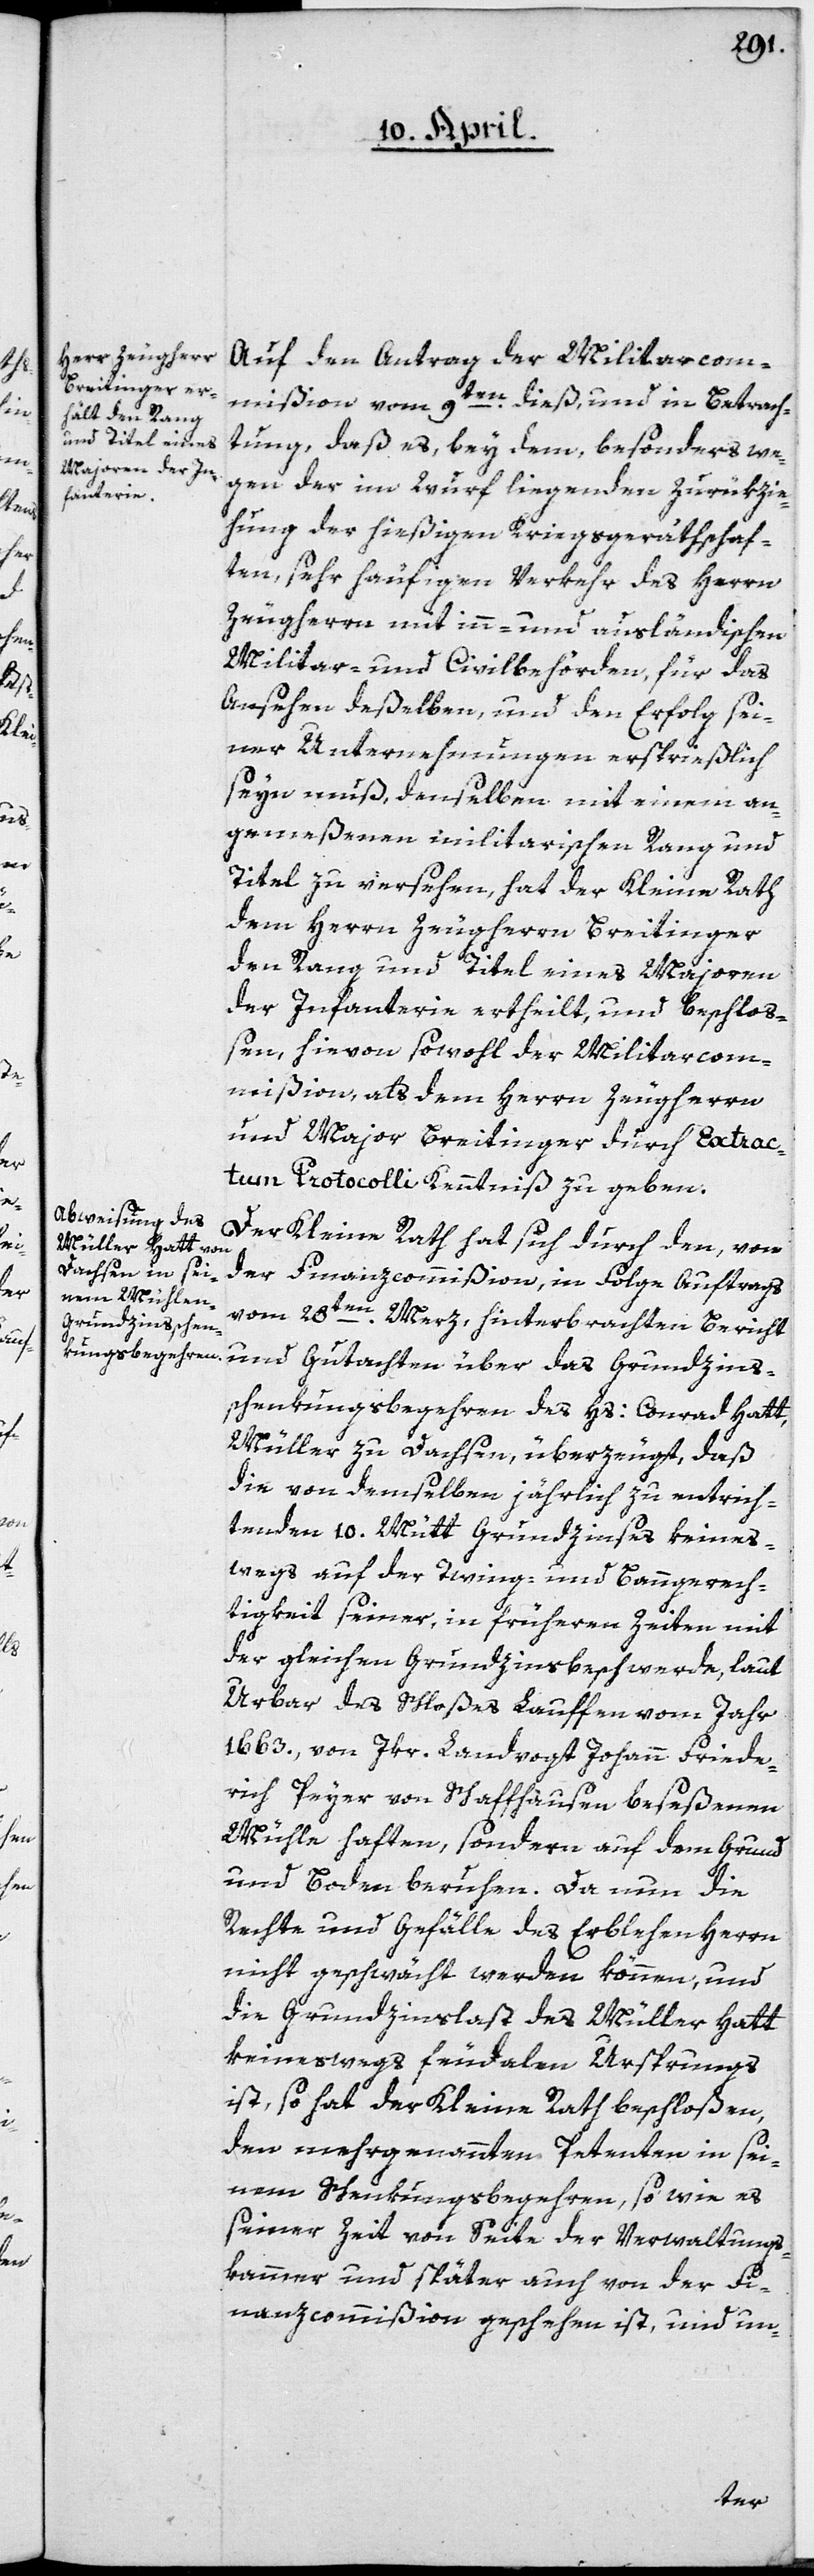
Auf den Antrag der Militarcom¬
mißion vom 9ten dieß, und in Betrach¬
tung, daß es, bey dem besonders we¬
gen der im Wurf liegenden Zurükzie¬
hung der hießigen Kriegsgeräthschaf¬
ten, sehr häufigen Verkehr des Herrn
Zeugherrn mit inn- und ausländischen
Militar- und Civilbehörden, für das
Ansehen deßelben, und den Erfolg sei¬
ner Unternehmungen ersprießlich
seyn muß, denselben mit einem an¬
gemeßenen militarischen Rang und
Titel zu versehen, hat der Kleine Rath
dem Herrn Zeugherrn Breitinger
den Rang und Titel eines Majoren
der Infanterie ertheilt, und beschloß¬
en, hievon sowohl der Militarcom¬
mißion, als dem Herrn Zeugherrn
und Major Breitinger durch Extrac¬
tum Protocolli Kenntniß zu geben.
Der Kleine Rath hat sich durch den, von
der Finanzcommißion, in Folge Auftrags
vom 28ten Merz hinterbrachten Bericht
Grundzinssc¬
henkungsbegehren des Hs: Conrad Hatt,
Müller zu Dachsen, überzeugt, daß
die von demselben jährlich zu entrich¬
tenden 10. Mütt Grundzinses keines¬
wegs auf der Twing- und Banngerech¬
tigkeit seiner, in früheren Zeiten mit
der gleichen Grundzinsbeschwerde, laut
Urbar des Schloßes Lauffen vom Jahr
1663, von Jkr. Landvogt Johann Friede¬
rich Peyer von Schaffhausen beseßenen
Mühle haften, sondern auf dem Grund
und Boden beruhen. Da nun die
Rechte und Gefälle des Erblehenherrn
nicht geschwächt werden können, und
die Grundzinslast des Müller Hatt
keineswegs feudalen Ursprungs
ist, so hat der Kleine Rath beschloßen,
den mehrgenannten Petenten in sei¬
nem Schenkungsbegehren, so wie es
seiner Zeit von Seite der Verwaltungs¬
kammer und später auch von der Fi¬
nanzcommißion geschehen ist, und un-